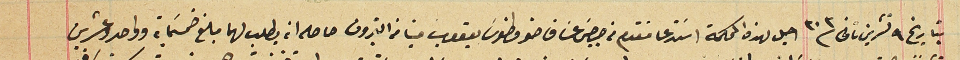
بتاريخ ٩ تشرين تانى / ٣٠٣ اجل لهذه المحكمة اسَتدعا مُقدم من جرجسَ عسَاف صقر وطنوس يعقوب مينا من البترون حاصله انه يطلب لهما مبلغ خمسَماية وواحد وعشرين